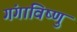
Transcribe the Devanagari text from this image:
गंगाविष्णु